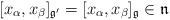
LaTeX: \begin{align*}[x_\alpha,x_\beta]_{\frak g'}=[x_\alpha,x_\beta]_{\frak g}\in\frak n\end{align*}